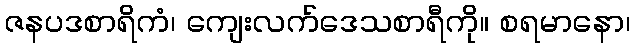
ဇနပဒစာရိကံ၊ ကျေးလက်ဒေသစာရီကို။ စရမာနော၊